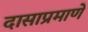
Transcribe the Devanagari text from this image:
दासाप्रमाणे